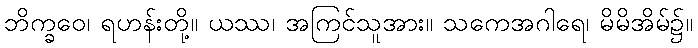
ဘိက္ခဝေ၊ ရဟန်းတို့။ ယဿ၊ အကြင်သူအား။ သကေအဂါရေ၊ မိမိအိမ်၌။